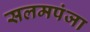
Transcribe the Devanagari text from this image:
सलमपंजा